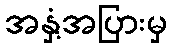
အနှံ့အပြားမှ